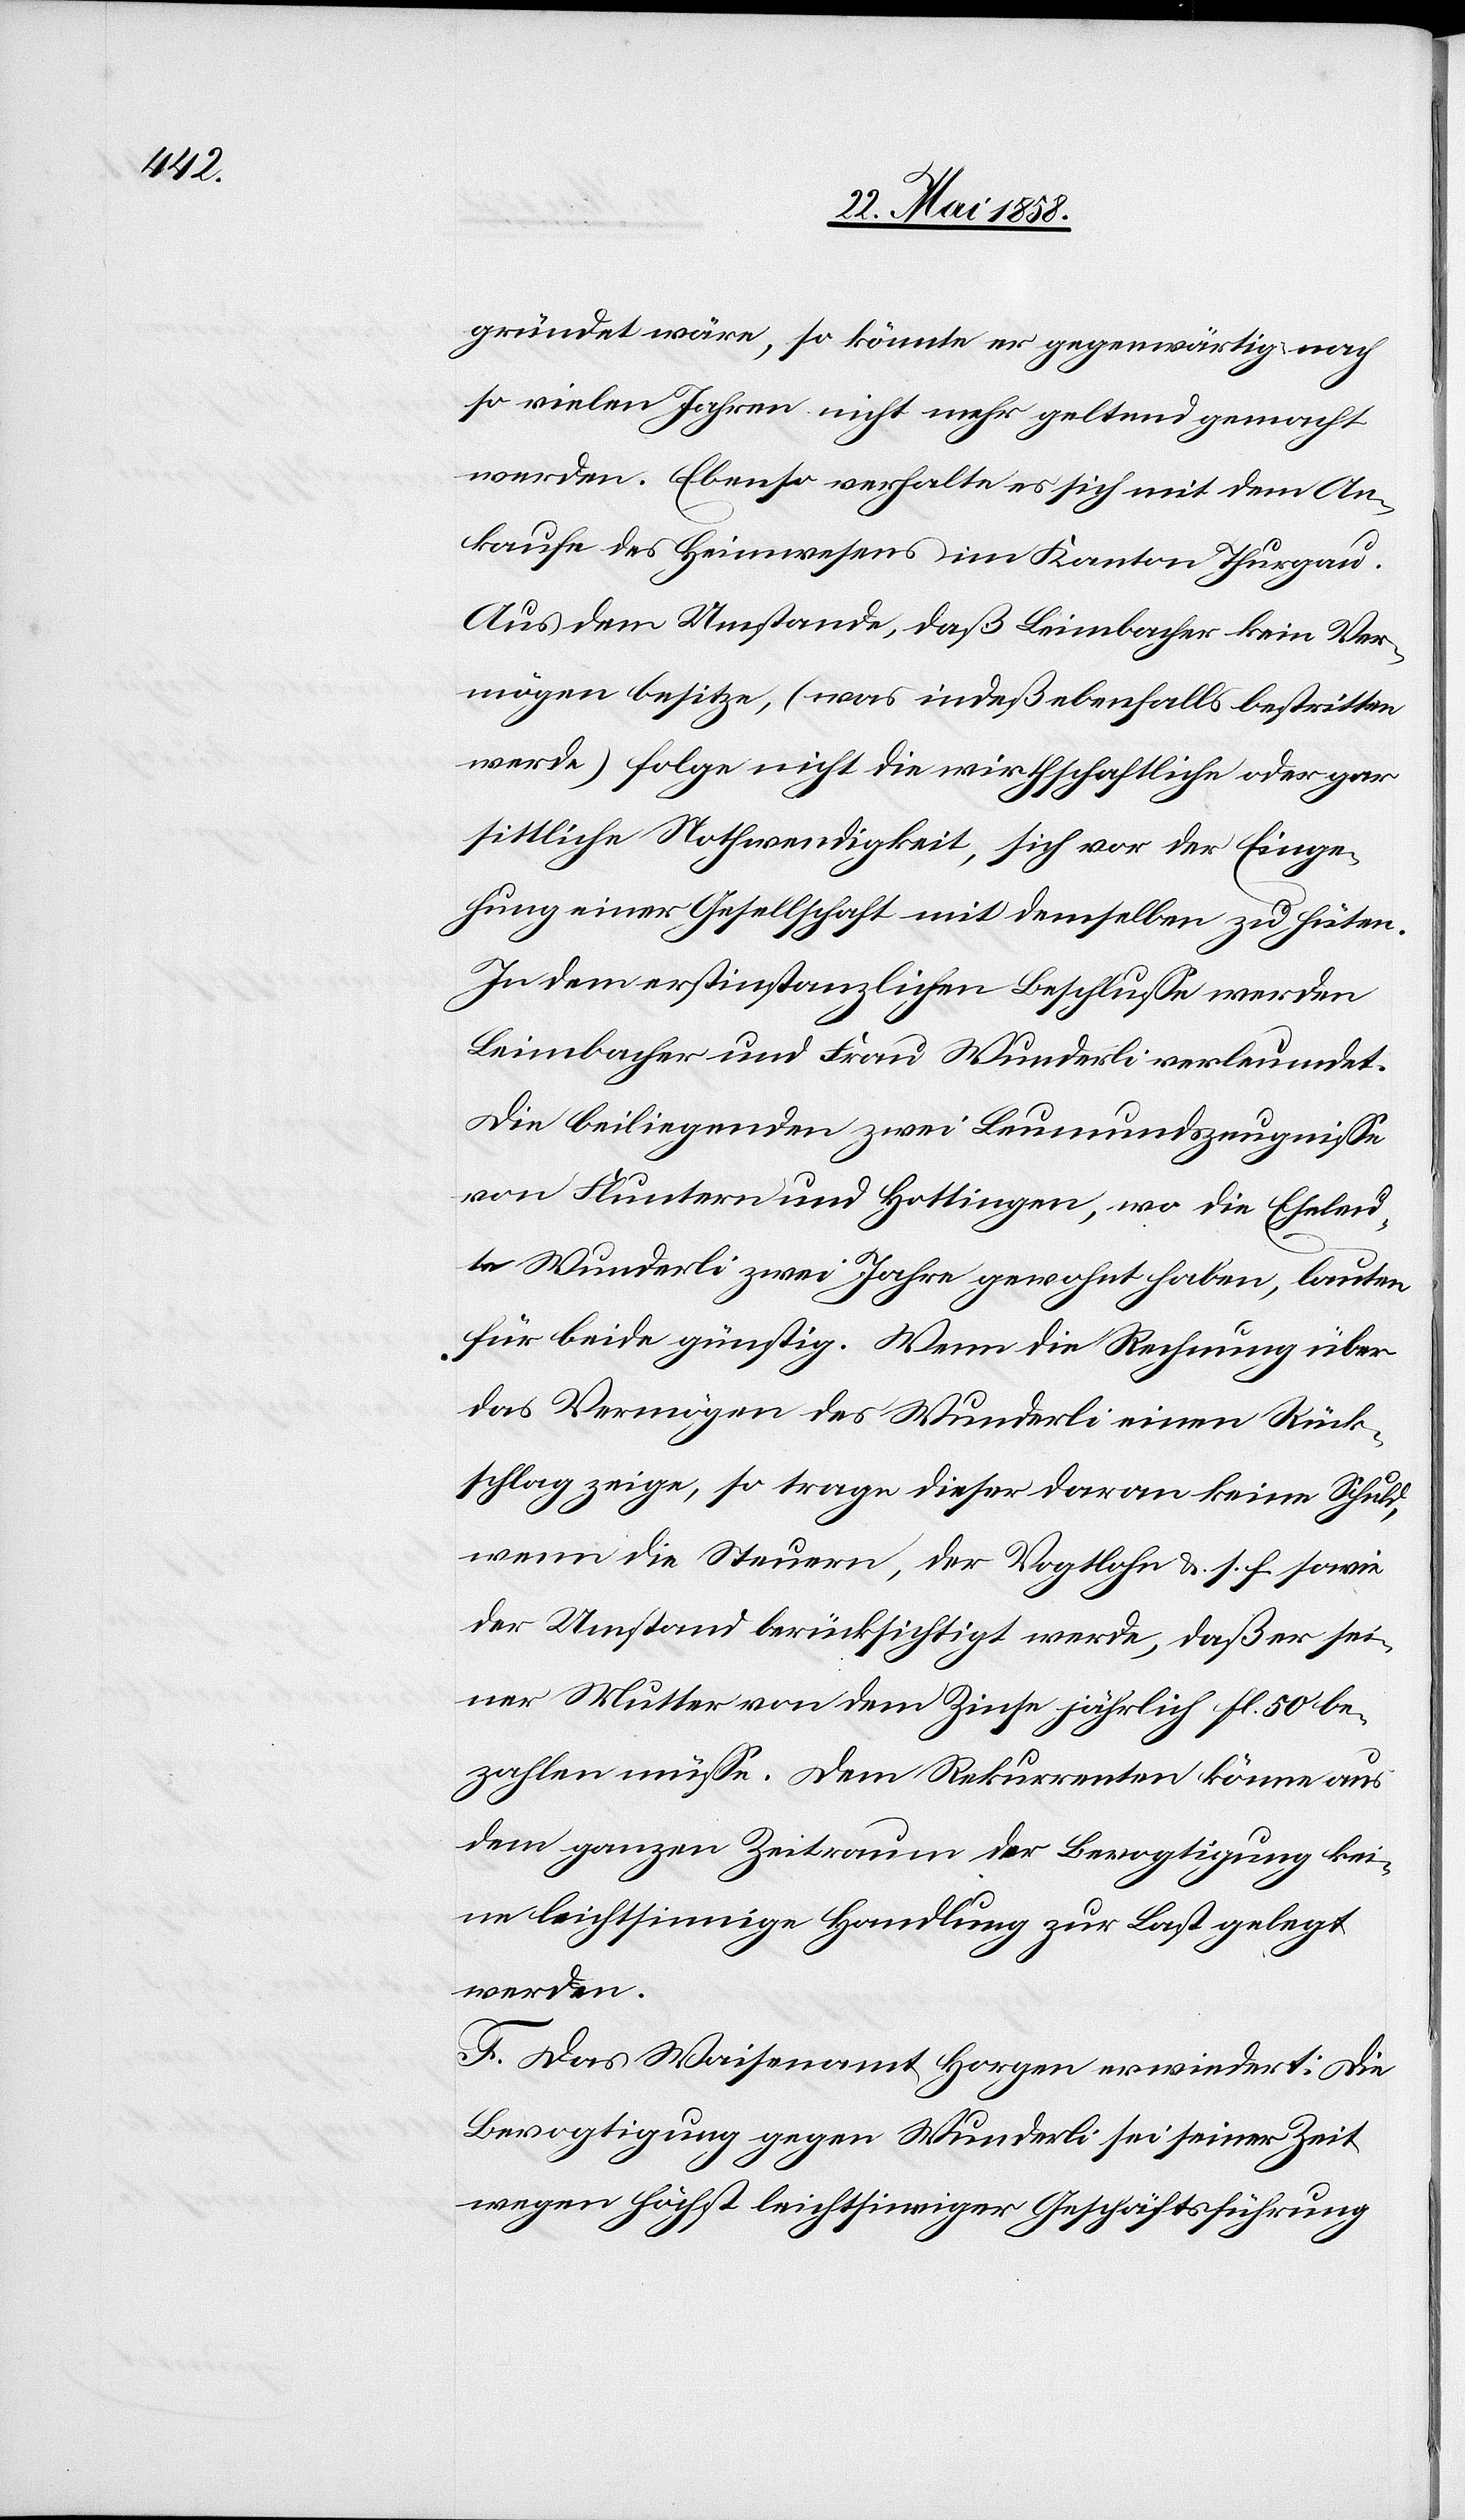
gründet wäre, so könnte er gegenwärtig nach
so vielen Jahren nicht mehr geltend gemacht
werden. Ebenso verhalt es sich mit dem An¬
kaufe des Heimwesens im Kanton Thurgau.
Aus dem Umstande, daß Leimbacher kein Ver¬
mögen besitze, (was indeß ebenfalls bestritten
werde) folge nicht die wirthschaftliche oder gar
sittliche Nothwendigkeit, sich vor der Einge¬
hung einer Gesellschaft mit demselben zu hüten.
In dem erstinstanzlichen Beschlusse werden
Leimbacher und Frau Wunderli verleumdet.
Die beiliegenden zwei Leumundszeugnisse
von Fluntern und Hottingen, wo die Eheleu¬
te Wunderli zwei Jahre gewohnt haben, lauten
für beide günstig. Wenn die Rechnung über
das Vermögen des Wunderli einen Rück¬
schlag zeige, so trage dieser daran keine Schuld,
wenn die Steuern, der Vogtlohn u. s. f. sowie
der Umstand berücksichtigt werde, daß er sei¬
ner Mutter von dem Zinse jährlich fl. 50 be¬
zahlen müsse. Dem Rekurrenten könne aus
dem ganzen Zeitraum der Bevogtigung kei¬
ne leichtsinnige Handlung zur Last gelegt
werden.
F. Das Waisenamt Horgen erwiedert: Die
Bevogtigung gegen Wunderli sei seiner Zeit
wegen höchst leichtsinniger Geschäftsführung